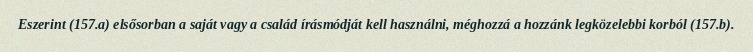
Eszerint (157.a) elsősorban a saját vagy a család írásmódját kell használni, méghozzá a hozzánk legközelebbi korból (157.b).